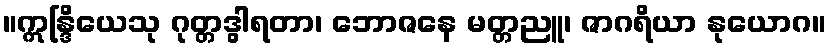
။ဣန္ဒြိယေသု ဂုတ္တဒွါရတာ၊ ဘောဇနေ မတ္တညူ၊ ဇာဂရိယာ နုယောဂ။